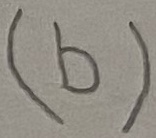
Text: (b)